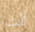
أنت